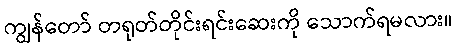
ကျွန်တော် တရုတ်တိုင်းရင်းဆေးကို သောက်ရမလား။